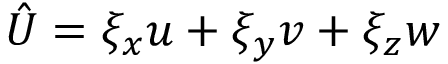
\hat { U } = \xi _ { x } u + \xi _ { y } v + \xi _ { z } w